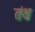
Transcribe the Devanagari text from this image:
तंथ